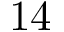
1 4